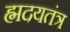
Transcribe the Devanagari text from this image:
ह्मदयतंत्र